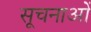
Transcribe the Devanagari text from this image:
सूचनाओें